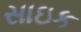
સાઇક